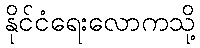
နိုင်ငံရေးလောကသို့